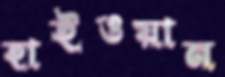
হাইওয়ান